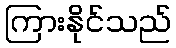
ကြားနိုင်သည်